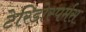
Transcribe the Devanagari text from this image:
टेरिडोस्पर्मस